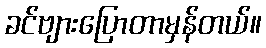
ခင်ဗျားပြောတာမှန်တယ်။